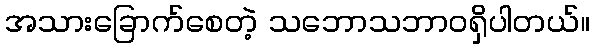
အသားခြောက်စေတဲ့ သဘောသဘာဝရှိပါတယ်။